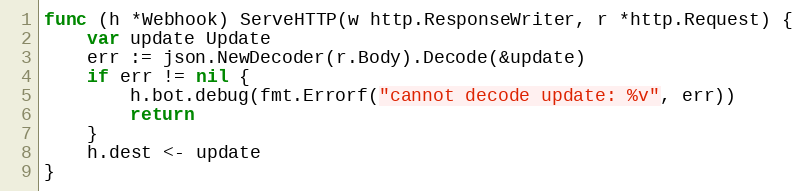
Language: Go
func (h *Webhook) ServeHTTP(w http.ResponseWriter, r *http.Request) {
	var update Update
	err := json.NewDecoder(r.Body).Decode(&update)
	if err != nil {
		h.bot.debug(fmt.Errorf("cannot decode update: %v", err))
		return
	}
	h.dest <- update
}